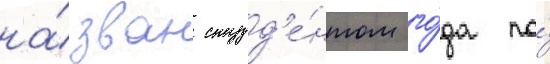
на́зван студ'е́нтом го́да по́